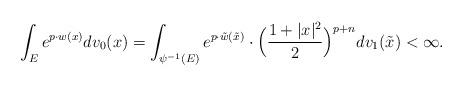
LaTeX: \begin{align*}\int_E e^{p\cdot w(x)}dv_0(x)=\int_{\psi^{-1}(E)}e^{p\cdot\tilde{w}(\tilde{x})}\cdot\Big(\frac{1+|x|^2}{2}\Big)^{p+n}dv_1(\tilde{x})<\infty. \end{align*}